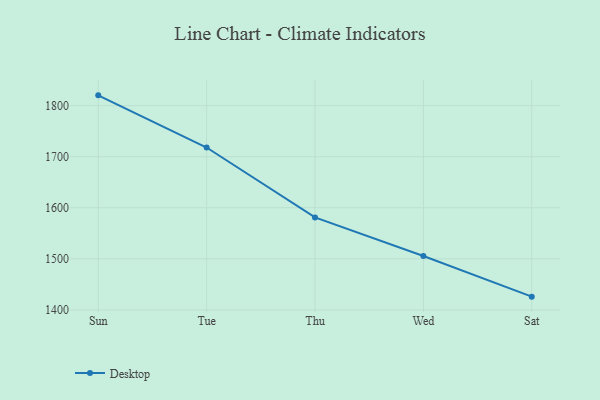
{"axis": {"x": "Day", "y": "Waste Production (Tons)"}, "legend": ["Desktop"], "data": [{"x": "Sun", "y": 1820.1, "type": "Desktop"}, {"x": "Tue", "y": 1718.0, "type": "Desktop"}, {"x": "Thu", "y": 1581.1, "type": "Desktop"}, {"x": "Wed", "y": 1505.6, "type": "Desktop"}, {"x": "Sat", "y": 1426.0, "type": "Desktop"}]}